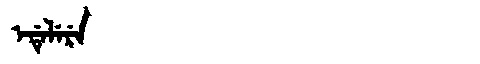
Manchu: ᡝᡩᡝᠯᡝᡵᡝ
Romanization: EDELERE